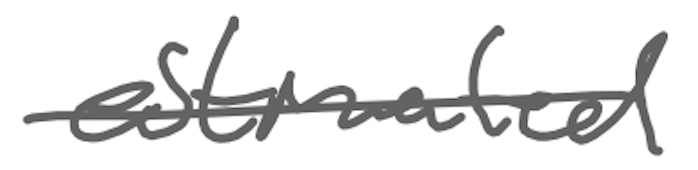
Text: estimated
Cross-out: single-line
Writing tool: digital_gray